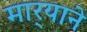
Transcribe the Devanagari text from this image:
मार्‍याने